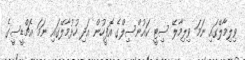
ވިލިމާލޭގައި ނަމަ ވިލިމާލޭ ސިޓީ ކައުންސިލްގެ އޮފީހުން އަދި ހުޅުމާލޭގައި ނަމަ އެޗްޑީސީގެ